Mental hospitals Bombay report 1929-33 - 1929-1933
Year: 1929
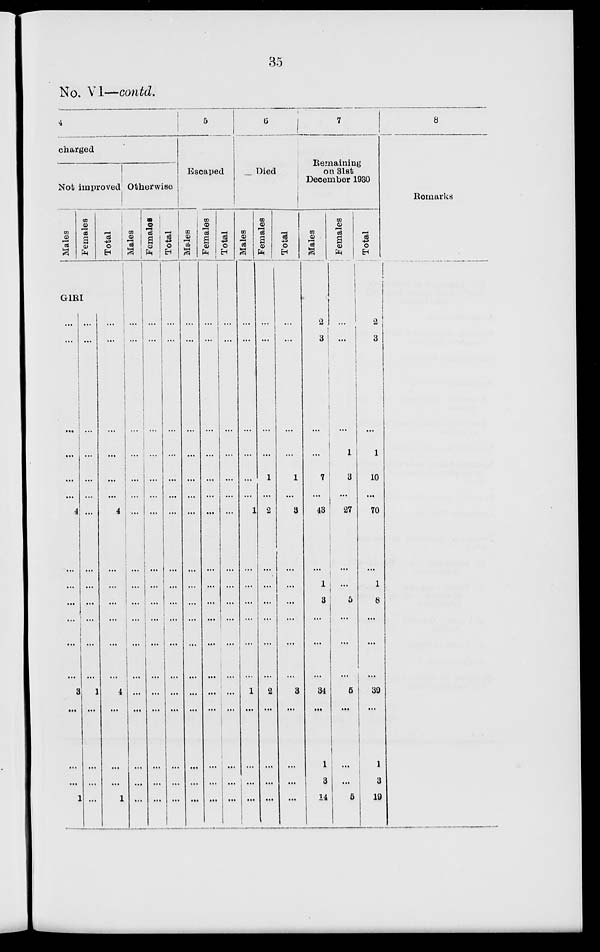
35
No. VI—contd.
charged
Not improved
Males
Females
Total
GIRI
...
...
...
...
...
...
4
...
...
...
...
...
...
3
...
...
...
1
...
...
...
...
...
...
...
...
...
...
...
...
...
1
...
...
...
...
...
...
...
...
...
...
4
...
...
...
...
...
...
4
...
...
...
1
Otherwise
Males
...
...
...
...
...
...
...
...
...
...
...
...
...
...
...
...
...
...
Females
...
...
...
...
...
...
...
...
...
...
...
...
...
...
...
...
...
...
Total
...
...
...
...
...
...
...
...
...
...
...
...
...
...
...
...
...
...
5
Escaped
Males
...
...
...
...
...
...
...
...
...
...
...
...
...
...
...
...
...
...
Females
...
...
...
...
...
...
...
...
...
...
...
...
...
...
...
...
...
...
Total
...
...
...
...
...
...
...
...
...
...
...
...
...
...
...
...
...
...
6
Died
Males
...
...
...
...
...
...
1
...
...
...
...
...
...
1
...
...
...
...
Females
...
...
...
...
1
...
2
...
...
...
...
...
...
2
...
...
...
...
Total
...
...
...
...
1
...
3
...
...
...
...
...
...
3
...
...
...
...
7
Remaining
on 31st
December 1930
Males
2
3
...
7
...
43
...
1
3
...
...
...
34
...
1
3
14
Females
...
...
...
1
3
...
27
...
...
5
...
...
...
5
...
...
...
5
Total
2
3
...
1
10
...
70
...
1
8
...
...
...
39
...
1
3
19
8
Remarks